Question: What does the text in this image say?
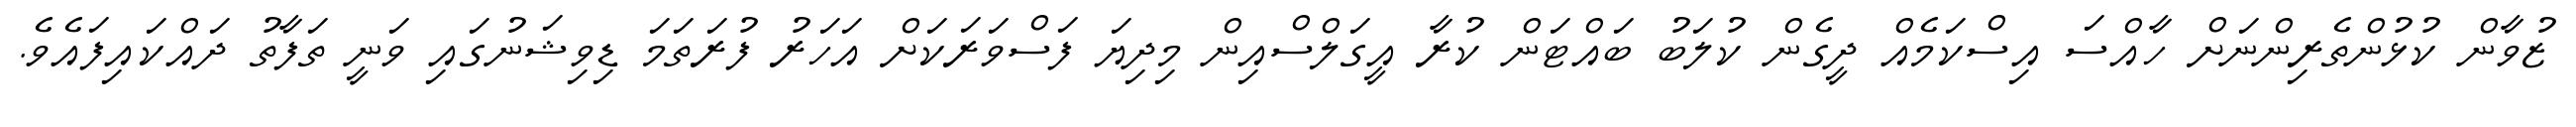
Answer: ޒުވާން ކުޅުންތެރިންނަށް ހާއްސަ އިސްކަމެއް ދީގެން ކުލަބު ބައްޓަން ކުރާ އީގަލްސްއިން މިދިޔަ ފަސްވަރަކަށް އަހަރު ފުރަތަމަ ޑިވިޝަނުގައި ވަނީ ތަފާތު ދައްކައިފައެވެ.